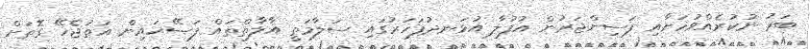
ބަރު ނުކުރެއްވުމަށާއި ފަސިންޖަރުން އުފުލާ އުޅަނދުފަހަރުގައި ސަލާމަތީ އާލާތްތައް ފަސޭހައިން އަތުޖެހޭ ގޮތަށް